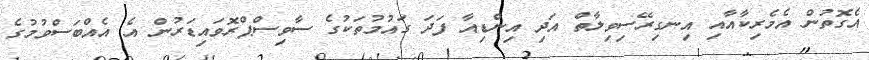
އެގޮތުން އެމެރިކާއާއި އިނގިިރޭސިވިލާތް އަދި އިންޑިއާ ފަދަ ގައުމުތަކުގެ ސާވިސްޕްރޮވައިޑަރުން އެ އެއްބަސްވުމުގެ